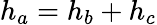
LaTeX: h_{a}=h_{b}+h_{c}